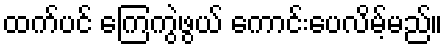
ထက်ပင် ကြေကွဲဖွယ် ကောင်းပေလိမ့်မည်။